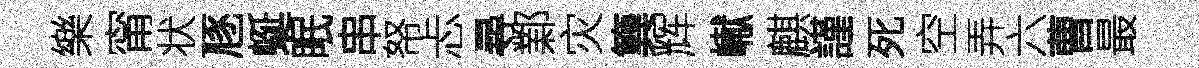
樂甯状豗蜒眠串帑忐尋鄴灾簨辉𪩘麒謹死空弄六曹最